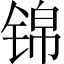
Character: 锦